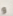
و